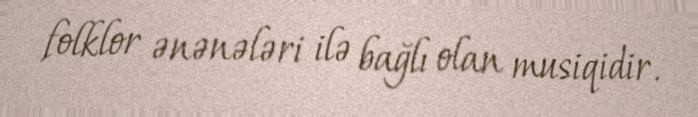
folklor ənənələri ilə bağlı olan musiqidir.